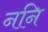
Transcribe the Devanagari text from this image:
ननि